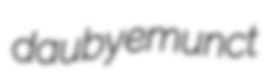
dauby emunct